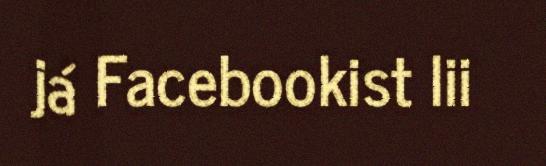
já Facebookist lii